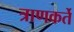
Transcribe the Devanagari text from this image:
त्राणकर्ते